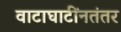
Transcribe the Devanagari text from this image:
वाटाघाटींनतंतर